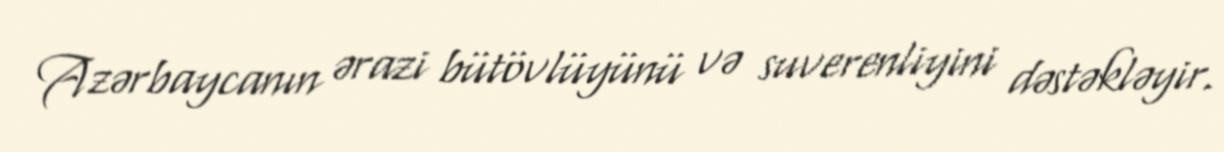
Azərbaycanın ərazi bütövlüyünü və suverenliyini dəstəkləyir.